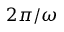
2 \pi / \omega